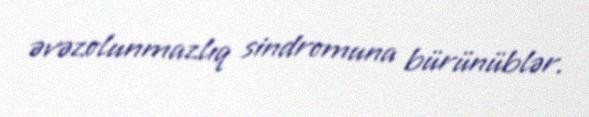
əvəzolunmazlıq sindromuna bürünüblər.